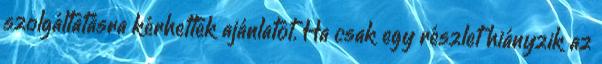
szolgáltatásra kérhettek ajánlatot. Ha csak egy részlet hiányzik az